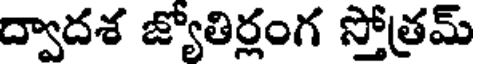
ద్వాదశ జ్యోతిర్లంగ స్తోత్రమ్